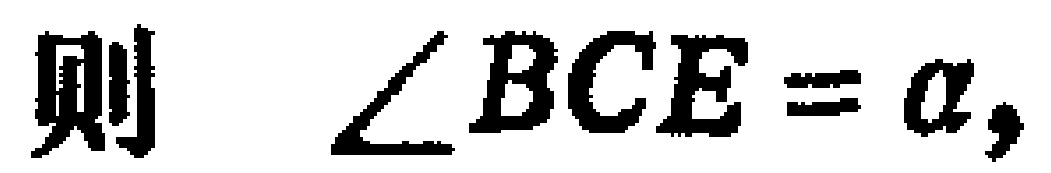
则 $\angle BCE = \alpha,$